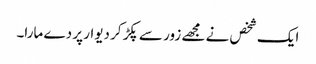
ایک شخص نے مجھے زور سے پکڑ کر دیوار پر دے مارا۔